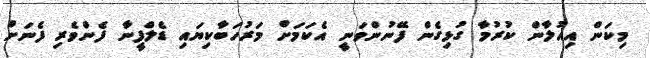
މިކަން އިއުލާން ކުރުމާ ގުޅިގެން ފޭނުންވަނީ އެކަމަށް މަރުހަބާކިޔައި ޑެލްފީނާ ފެންވެރި ފެނަށް